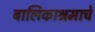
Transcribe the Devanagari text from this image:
बालिकाश्रमाचे